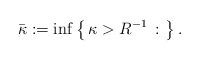
LaTeX: \begin{align*}\bar \kappa := \inf\left\{\,\kappa > R^{-1}\,:\, \,\right\}.\end{align*}